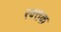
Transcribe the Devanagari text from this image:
रक्‍तक